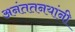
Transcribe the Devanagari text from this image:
अनंततनयांनी